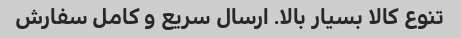
تنوع کالا بسیار بالا. ارسال سریع و کامل سفارش